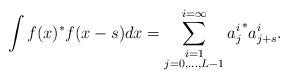
LaTeX: \begin{align*} \int f(x)^*f(x-s) dx=\sum_{\begin{subarray}{c}i=1\\j=0,\ldots,L-1\end{subarray}}^{i=\infty} {a^i_j}^*a^i_{j+s}. \end{align*}